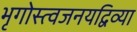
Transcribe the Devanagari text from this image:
भृगोस्त्वजनयद्विव्या